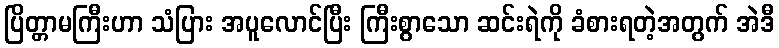
ပြိတ္တာမကြီးဟာ သံပြား အပူလောင်ပြီး ကြီးစွာသော ဆင်းရဲကို ခံစားရတဲ့အတွက် အဲဒီ